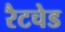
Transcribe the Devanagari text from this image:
रैटचेड